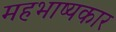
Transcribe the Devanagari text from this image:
महभाष्यकार